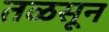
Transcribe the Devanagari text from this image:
तळसून